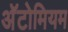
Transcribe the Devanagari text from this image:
अॅटोमियम